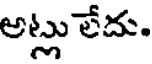
అట్లు లేదు.